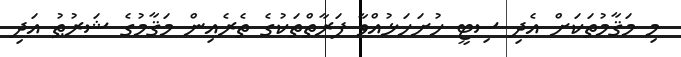
މި މަޤާމުތަކަށް އެދި ސިޓީ ހުށަހަޅުއްވާ ފަރާތްތަކުގެ ތެރެއިން މަޤާމުގެ ޝަރުޠު އަދި